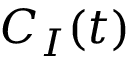
C _ { I } ( t )